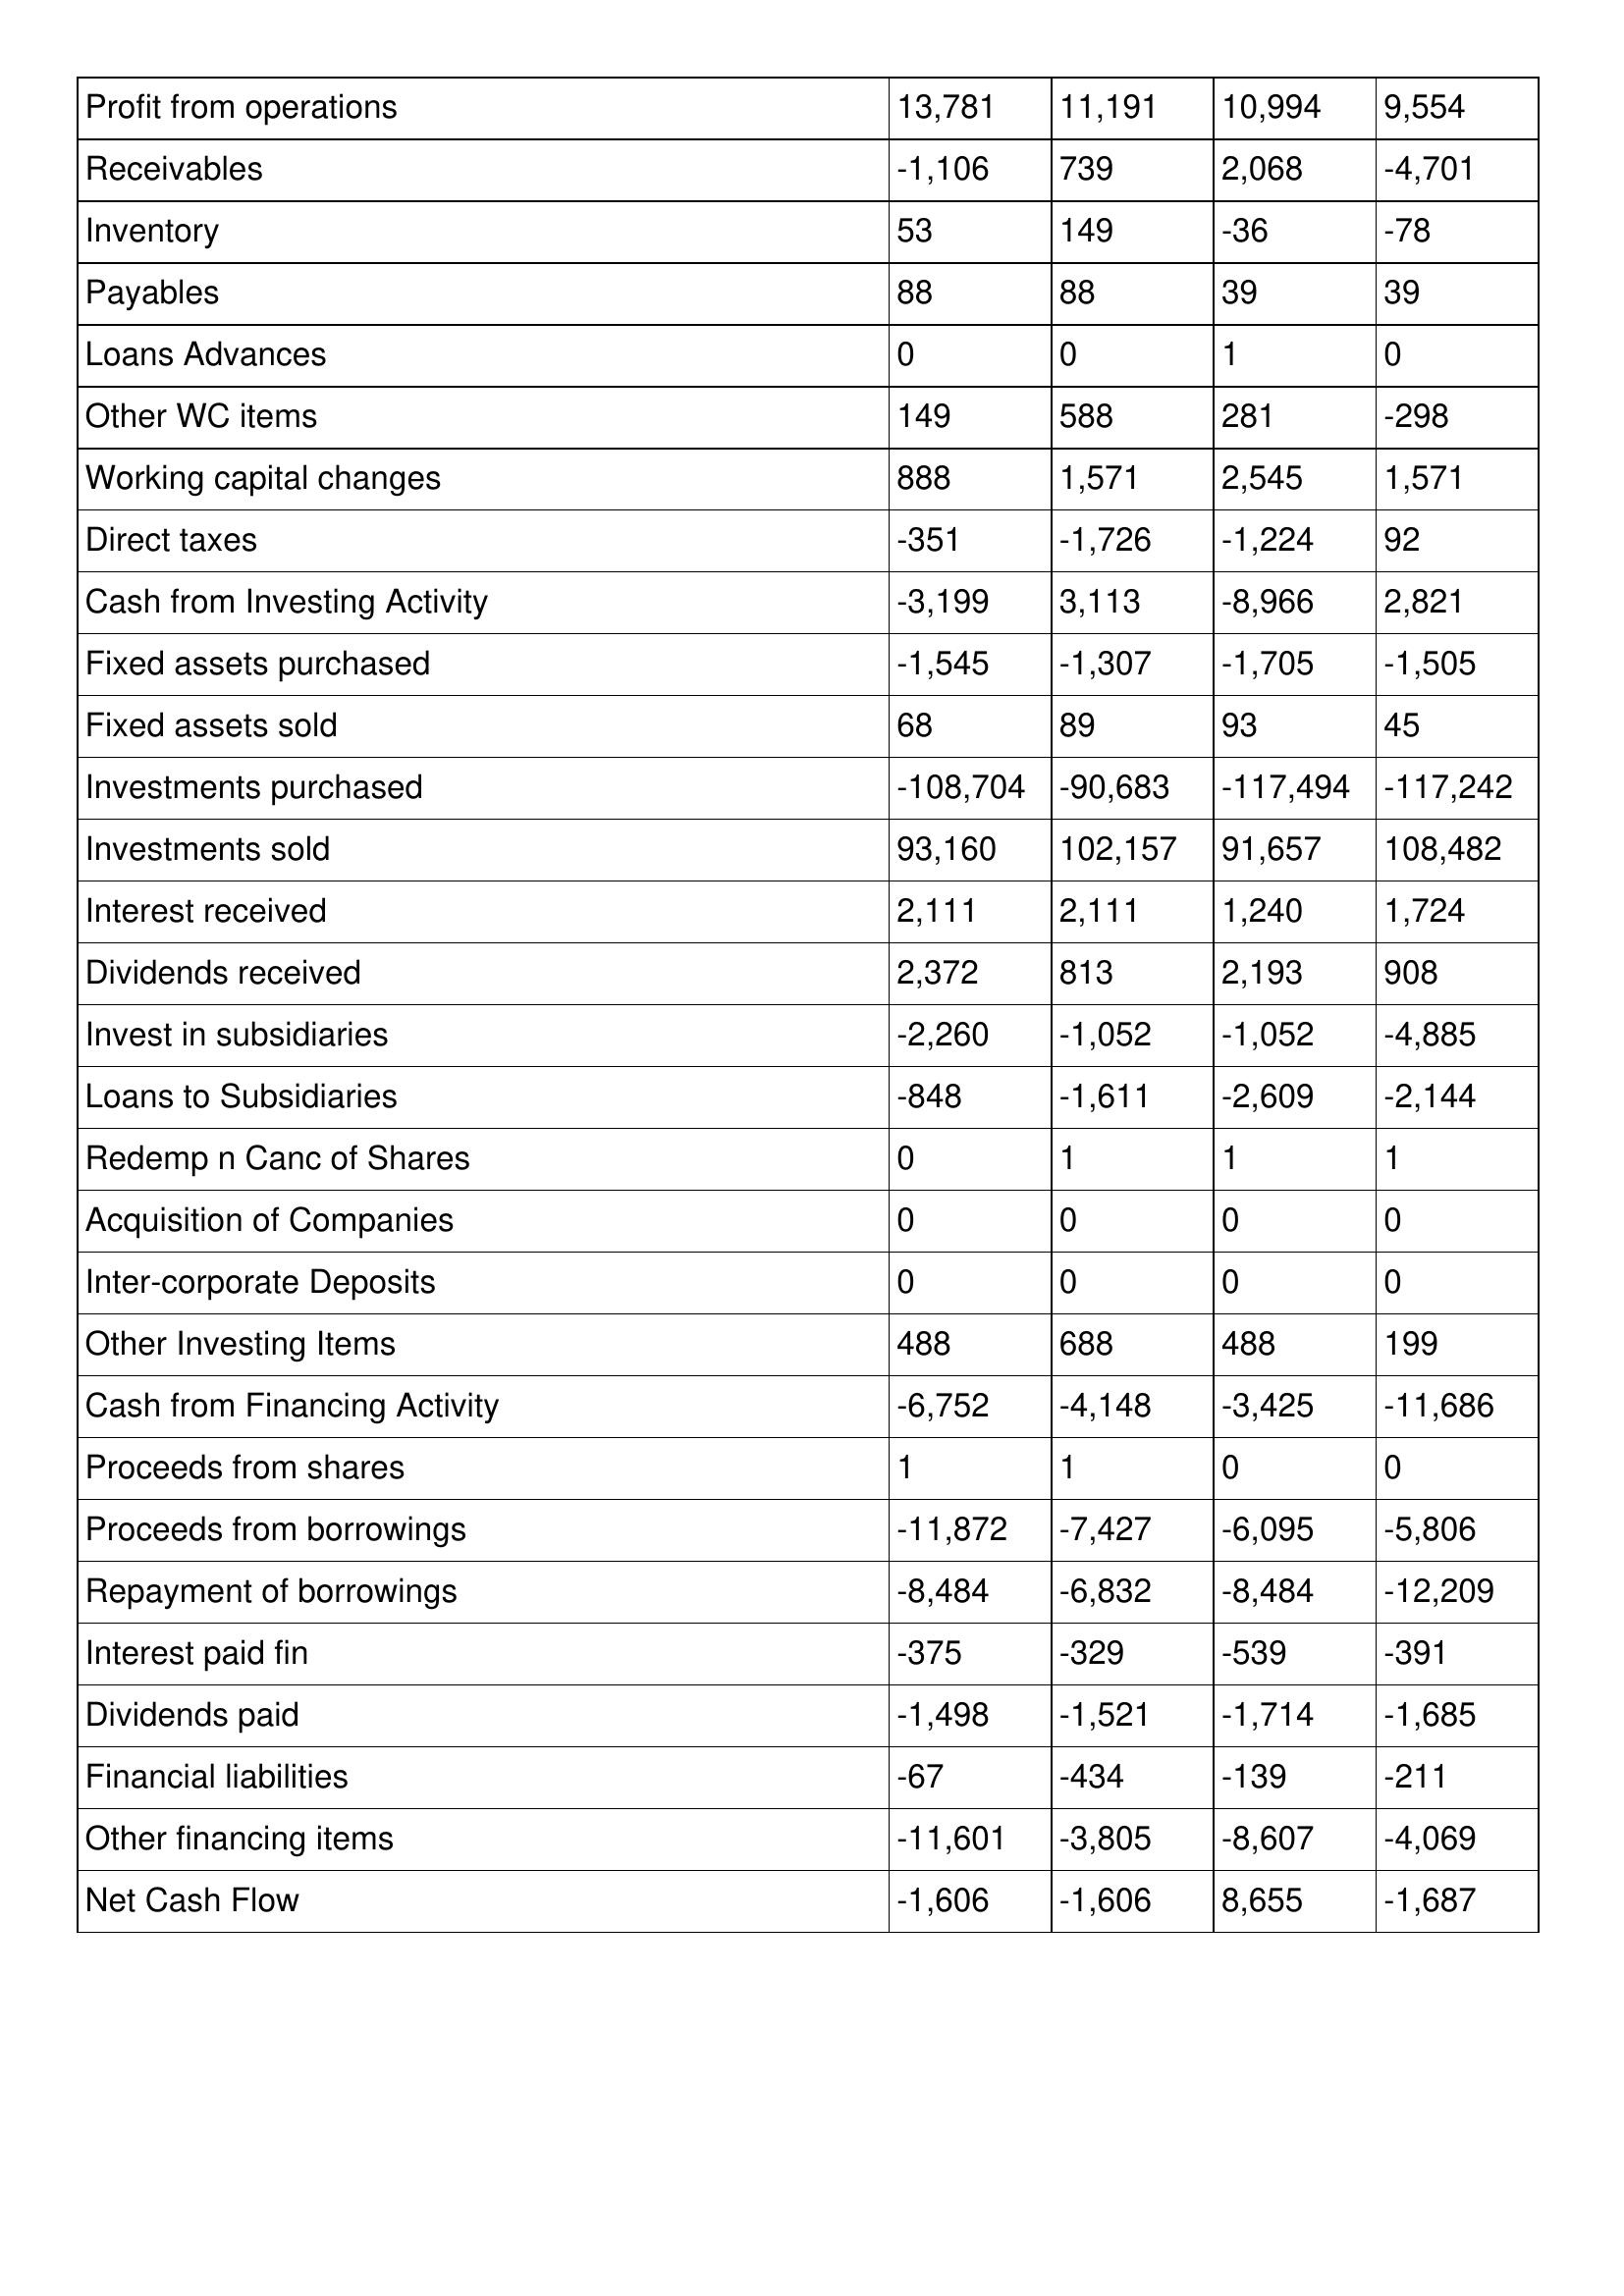
gt_parse: 1995: Cash Flows: Profit from operations: 13,781
Receivables: -1,106
Inventory: 53
Payables: 88
Loans Advances: 0
Other WC items: 149
Working capital changes: 888
Direct taxes: -351
Cash from Investing Activity: -3,199
Fixed assets purchased: -1,545
Fixed assets sold: 68
Investments purchased: -108,704
Investments sold: 93,160
Interest received: 2,111
Dividends received: 2,372
Invest in subsidiaries: -2,260
Loans to Subsidiaries: -848
Redemp n Canc of Shares: 0
Acquisition of Companies: 0
Inter-corporate Deposits: 0
Other Investing Items: 488
Cash from Financing Activity: -6,752
Proceeds from shares: 1
Proceeds from borrowings: -11,872
Repayment of borrowings: -8,484
Interest paid fin: -375
Dividends paid: -1,498
Financial liabilities: -67
Other financing items: -11,601
Net Cash Flow: -1,606
1994: Cash Flows: Profit from operations: 11,191
Receivables: 739
Inventory: 149
Payables: 88
Loans Advances: 0
Other WC items: 588
Working capital changes: 1,571
Direct taxes: -1,726
Cash from Investing Activity: 3,113
Fixed assets purchased: -1,307
Fixed assets sold: 89
Investments purchased: -90,683
Investments sold: 102,157
Interest received: 2,111
Dividends received: 813
Invest in subsidiaries: -1,052
Loans to Subsidiaries: -1,611
Redemp n Canc of Shares: 1
Acquisition of Companies: 0
Inter-corporate Deposits: 0
Other Investing Items: 688
Cash from Financing Activity: -4,148
Proceeds from shares: 1
Proceeds from borrowings: -7,427
Repayment of borrowings: -6,832
Interest paid fin: -329
Dividends paid: -1,521
Financial liabilities: -434
Other financing items: -3,805
Net Cash Flow: -1,606
1993: Cash Flows: Profit from operations: 10,994
Receivables: 2,068
Inventory: -36
Payables: 39
Loans Advances: 1
Other WC items: 281
Working capital changes: 2,545
Direct taxes: -1,224
Cash from Investing Activity: -8,966
Fixed assets purchased: -1,705
Fixed assets sold: 93
Investments purchased: -117,494
Investments sold: 91,657
Interest received: 1,240
Dividends received: 2,193
Invest in subsidiaries: -1,052
Loans to Subsidiaries: -2,609
Redemp n Canc of Shares: 1
Acquisition of Companies: 0
Inter-corporate Deposits: 0
Other Investing Items: 488
Cash from Financing Activity: -3,425
Proceeds from shares: 0
Proceeds from borrowings: -6,095
Repayment of borrowings: -8,484
Interest paid fin: -539
Dividends paid: -1,714
Financial liabilities: -139
Other financing items: -8,607
Net Cash Flow: 8,655
1992: Cash Flows: Profit from operations: 9,554
Receivables: -4,701
Inventory: -78
Payables: 39
Loans Advances: 0
Other WC items: -298
Working capital changes: 1,571
Direct taxes: 92
Cash from Investing Activity: 2,821
Fixed assets purchased: -1,505
Fixed assets sold: 45
Investments purchased: -117,242
Investments sold: 108,482
Interest received: 1,724
Dividends received: 908
Invest in subsidiaries: -4,885
Loans to Subsidiaries: -2,144
Redemp n Canc of Shares: 1
Acquisition of Companies: 0
Inter-corporate Deposits: 0
Other Investing Items: 199
Cash from Financing Activity: -11,686
Proceeds from shares: 0
Proceeds from borrowings: -5,806
Repayment of borrowings: -12,209
Interest paid fin: -391
Dividends paid: -1,685
Financial liabilities: -211
Other financing items: -4,069
Net Cash Flow: -1,687